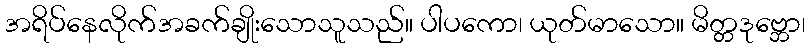
အရိပ်နေလိုက်အခက်ချိုးသောသူသည်။ ပါပကော၊ ယုတ်မာသော။ မိတ္တဒုဗ္ဘော၊